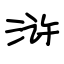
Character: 浒